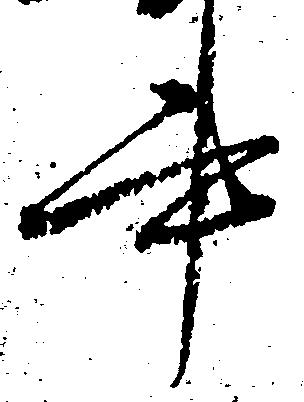
書